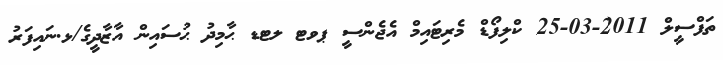
ތަފްސީލް 2011-03-25 ކްލިފޯޑް މެރިޓައިމް އެޖެންސީ ޕވޓ ލޓޑ ޙާމިދު ޙުސައިން އާޒާދީގެ/ޅ.ނައިފަރު